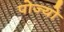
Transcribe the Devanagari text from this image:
पोज्यो